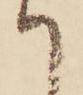
て